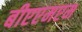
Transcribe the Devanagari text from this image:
बीएएमएम